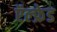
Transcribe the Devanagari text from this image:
ऍल्फ्रेड